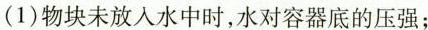
(1)物块未放入水中时，水对容器底的压强；